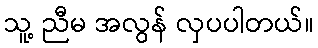
သူ့ ညီမ အလွန် လှပပါတယ်။